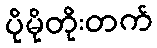
ပိုမိုတိုးတက်